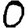
Digit: 0